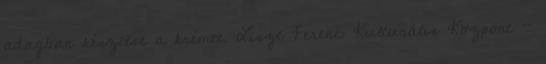
adagban készítse a krémet. Liszt Ferenc Kulturális Központ -